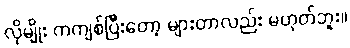
လိုမျိုး ကကျစ်ပြီးတော့ များတာလည်း မဟုတ်ဘူး။